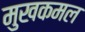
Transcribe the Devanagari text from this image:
मुखकमल